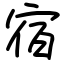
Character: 宿